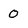
Character: 0